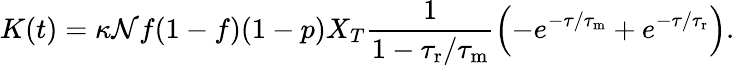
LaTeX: K(t)=\kappa\mathcal{N}f(1-f)(1-p)X_{T}\frac{{1}}{{1-{\tau_{\mathrm{{r}}}}/{\tau_{\mathrm{{m}}}}}}\left(-e^{-\tau/{\tau_{\mathrm{{m}}}}}+e^{-\tau/{\tau_{\mathrm{{r}}}}}\right).